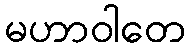
မဟာဝါတေ